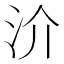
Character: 𣲤